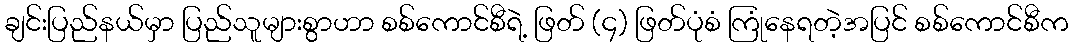
ချင်းပြည်နယ်မှာ ပြည်သူများစွာဟာ စစ်ကောင်စီရဲ့ ဖြတ် (၄) ဖြတ်ပုံစံ ကြုံနေရတဲ့အပြင် စစ်ကောင်စီက